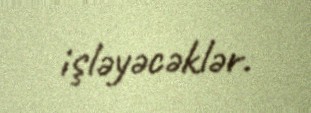
işləyəcəklər.